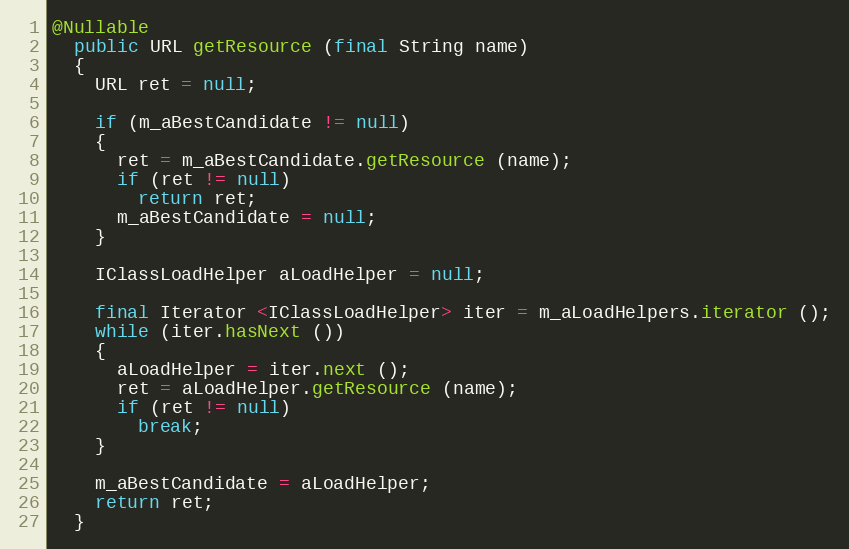
Language: Java
@Nullable
  public URL getResource (final String name)
  {
    URL ret = null;

    if (m_aBestCandidate != null)
    {
      ret = m_aBestCandidate.getResource (name);
      if (ret != null)
        return ret;
      m_aBestCandidate = null;
    }

    IClassLoadHelper aLoadHelper = null;

    final Iterator <IClassLoadHelper> iter = m_aLoadHelpers.iterator ();
    while (iter.hasNext ())
    {
      aLoadHelper = iter.next ();
      ret = aLoadHelper.getResource (name);
      if (ret != null)
        break;
    }

    m_aBestCandidate = aLoadHelper;
    return ret;
  }